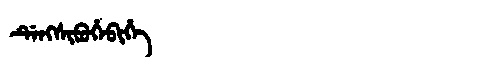
Manchu: ᡩᡝᠩᠰᡳᠪᡠᡥᡝᠪᡳᡥᡝ
Romanization: DENGSIBUHEBIHE